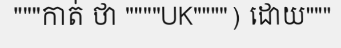
"""កាត់ ថា """"UK"""") ដោយ"""